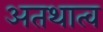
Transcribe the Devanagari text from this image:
अतथात्व